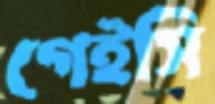
গেইসি